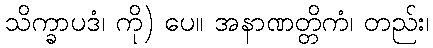
သိက္ခာပဒံ၊ ကို) ပေ။ အနာဏတ္တိကံ၊ တည်း၊